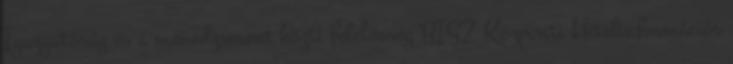
Igazgatóság és a menedzsment közti felelősség BISZ Központi Hitelinformációs